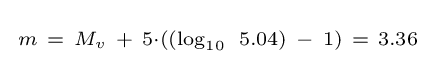
{\begin{smallmatrix}m\ =\ M_{v}\ +\ 5\cdot ((\log _{10}\ 5.04)\ -\ 1)\ =\ 3.36\end{smallmatrix}}